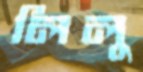
লিলু